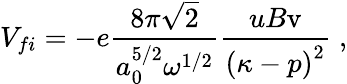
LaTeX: V_{fi}=-e\frac{8\pi\sqrt{2}}{a_{0}^{5/2}\omega^{1/2}}\frac{uB\mathrm{v}}{\left({\mathbf\kappa-p}\right)^{2}}\; ,